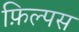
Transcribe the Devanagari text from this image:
फ़िल्पस